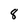
Character: 8